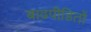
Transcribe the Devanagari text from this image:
बाढ़पीडितों